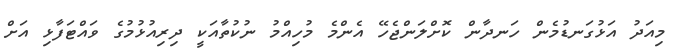
މިއަދު އަޅުގަނޑުމެން ހަނދާން ކޮށްލަންޖެހޭ އެންމެ މުހިއްމު ނުކުތާއަކީ ދިރިއުޅުމުގެ ވައްޓަފާޅި އަށް